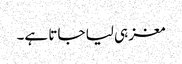
مغز ہی لیا جاتا ہے۔